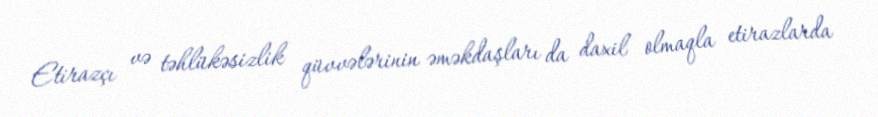
Etirazçı və təhlükəsizlik qüvvələrinin əməkdaşları da daxil olmaqla etirazlarda